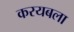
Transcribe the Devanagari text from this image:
करयबला